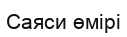
Саяси өмірі